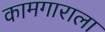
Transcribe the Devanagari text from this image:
कामगाराला